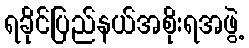
ရခိုင်ပြည်နယ်အစိုးရအဖွဲ့